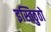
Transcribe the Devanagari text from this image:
इस्तिठुठो